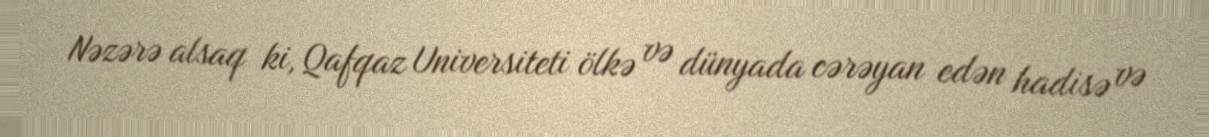
Nəzərə alsaq ki, Qafqaz Universiteti ölkə və dünyada cərəyan edən hadisə və